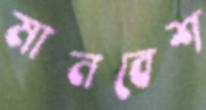
মানবেশ